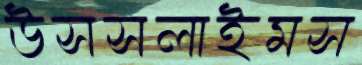
উসসলাইমস